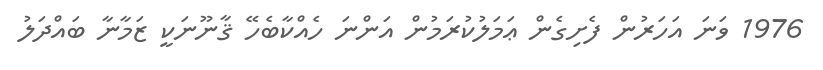
1976 ވަނަ އަހަރުން ފެށިގެން ޢަމަލުކުރަމުން އަންނަ ހެއްކާބެހޭ ޤާނޫނަކީ ޒަމާނާ ބައްދަލު